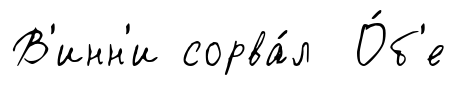
В'инн'и сорва́л О́б'е